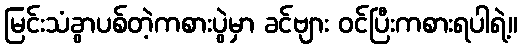
မြင်းသံခွာပစ်တဲ့ကစားပွဲမှာ ခင်ဗျား ဝင်ပြီးကစားရပါရဲ့။